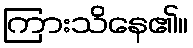
ကြားသိနေ၏။